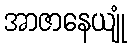
အာဇာနေယျုံ